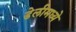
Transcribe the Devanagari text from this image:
डेलीमध्ये